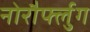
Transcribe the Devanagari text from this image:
नोरौर्फ्लुग